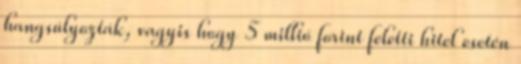
hangsúlyozták, vagyis hogy 5 millió forint feletti hitel esetén